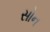
સોન